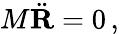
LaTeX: M{\ddot{\mathbf{R}}}=0\, ,